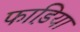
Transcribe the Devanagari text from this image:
फाडि़या